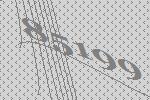
85199